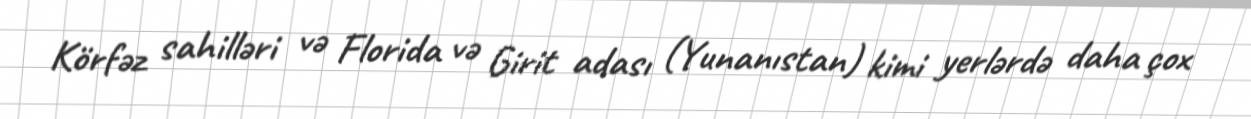
Körfəz sahilləri və Florida və Girit adası (Yunanıstan) kimi yerlərdə daha çox